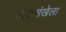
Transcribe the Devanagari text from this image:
लोकसंखेला